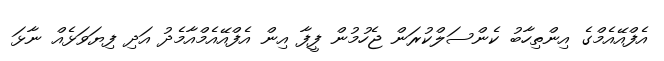
އެފްއޭއެމްގެ އިންތިހާބު ކެންސަލްކުރަން ޖެހުމުން ފީފާ އިން އެފްއޭއެމްއާމެދު އަދި ފިޔަވަޅެއް ނާޅަ